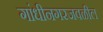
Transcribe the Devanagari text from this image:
गांधीनगरजवळील